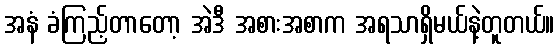
အနံ ခံကြည့်တာတော့ အဲဒီ အစားအစာက အရသာရှိမယ်နဲ့တူတယ်။